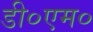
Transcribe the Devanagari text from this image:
डी०एम०